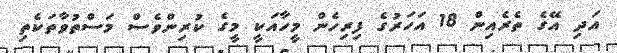
އަދި އޭގެ ތެރެއިން 18 އަހަރުގެ ފިރިހެން މީހާއަކީ މީގެ ކުރިންވެސް މަސްތުވާތަކެތި